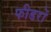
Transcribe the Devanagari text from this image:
फीडरों